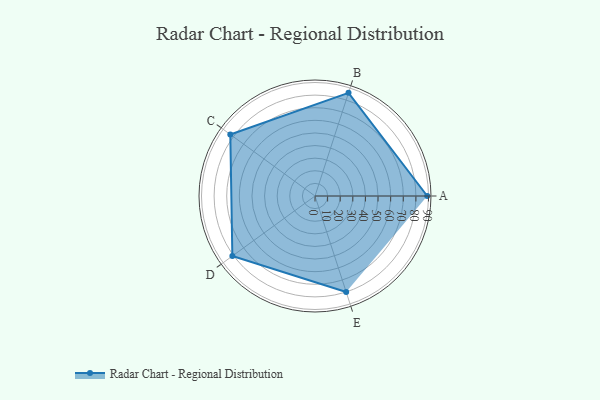
{"axis": {"x": "Skill", "y": "Score"}, "legend": ["Profile"], "data": [{"x": "A", "y": 89.0, "type": "Profile"}, {"x": "B", "y": 86.0, "type": "Profile"}, {"x": "C", "y": 83.0, "type": "Profile"}, {"x": "D", "y": 81.0, "type": "Profile"}, {"x": "E", "y": 80.0, "type": "Profile"}]}